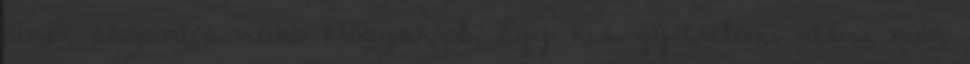
hírek csoportos nemi erőszakról. Egy kis gyötrelem, utána már